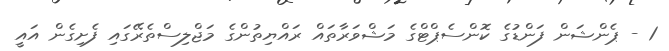
1 - ޕެންޝަން ފަންޑުގެ ކޮންސެޕްޓްގެ މަޝްވަރާތައް ރައްޔިތުންގެ މަޖްލިސްތެރޭގައި ފެށިގެން އައީ